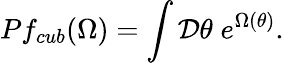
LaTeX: Pf_{cub}(\Omega)=\int{\cal D}\theta\; e^{\Omega(\theta)}.